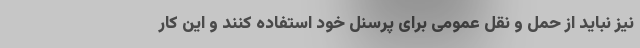
نیز نباید از حمل و نقل عمومی برای پرسنل خود استفاده کنند و این کار